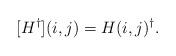
LaTeX: \begin{align*}[H^\dagger](i,j)=H(i,j)^\dagger.\end{align*}